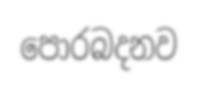
පොරබදනව